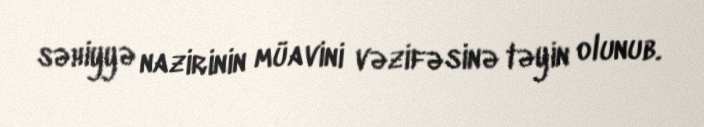
səhiyyə nazirinin müavini vəzifəsinə təyin olunub.